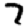
Digit: 7